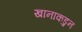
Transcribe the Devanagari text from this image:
खानाकडुन